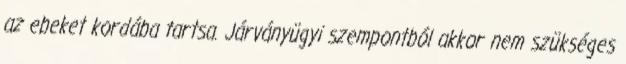
az ebeket kordába tartsa. Járványügyi szempontból akkor nem szükséges